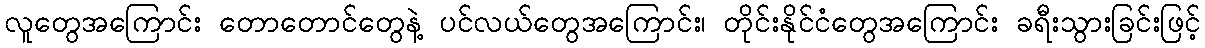
လူတွေအကြောင်း တောတောင်တွေနဲ့ ပင်လယ်တွေအကြောင်း၊ တိုင်းနိုင်ငံတွေအကြောင်း ခရီးသွားခြင်းဖြင့်